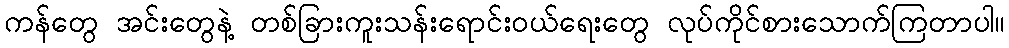
ကန်တွေ အင်းတွေနဲ့ တစ်ခြားကူးသန်းရောင်းဝယ်ရေးတွေ လုပ်ကိုင်စားသောက်ကြတာပါ။